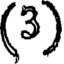
(3)